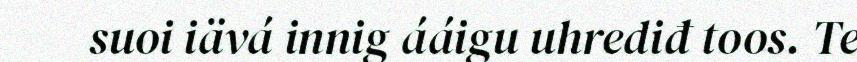
suoi iävá innig ááigu uhrediđ toos. Te